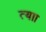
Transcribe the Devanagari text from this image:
त्याा